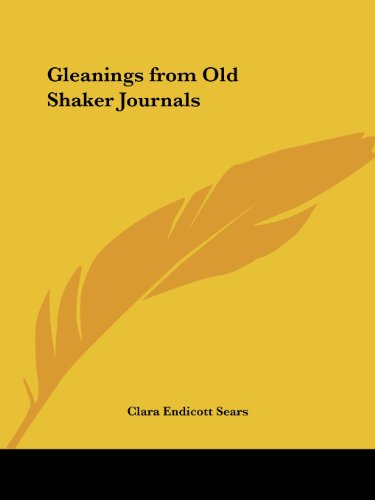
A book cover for Gleanings from Old Shaker Journals; Christian Books & Bibles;